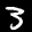
Label: 3